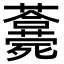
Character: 𣩾